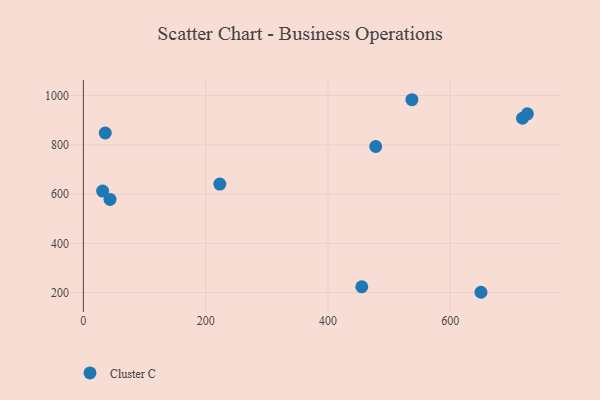
{"axis": {"x": "Ad Spend", "y": "Exam Score"}, "legend": ["Cluster C"], "data": [{"x": "537.3", "y": 982.9, "type": "Cluster C"}, {"x": "31.5", "y": 611.9, "type": "Cluster C"}, {"x": "718.1", "y": 907.7, "type": "Cluster C"}, {"x": "35.8", "y": 847.8, "type": "Cluster C"}, {"x": "455.3", "y": 223.6, "type": "Cluster C"}, {"x": "43.6", "y": 578.2, "type": "Cluster C"}, {"x": "650.2", "y": 201.2, "type": "Cluster C"}, {"x": "478.1", "y": 793.0, "type": "Cluster C"}, {"x": "726.1", "y": 925.6, "type": "Cluster C"}, {"x": "223.1", "y": 640.6, "type": "Cluster C"}]}